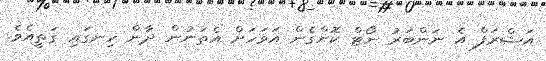
އަޝްރަފް އެ ނަންބަރު ނޯޓް ކޮށްގެން އަވަހަށް އެތަނުން ދާން ހިނގައި ގަތީއެވެ.